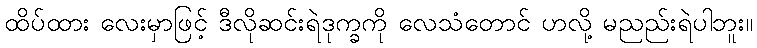
ထိပ်ထား လေးမှာဖြင့် ဒီလိုဆင်းရဲဒုက္ခကို လေသံတောင် ဟလို့ မညည်းရဲပါဘူး။